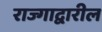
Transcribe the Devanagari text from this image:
राज्गाद्वारील